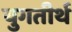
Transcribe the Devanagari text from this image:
युगतीर्थ